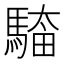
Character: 𮪎